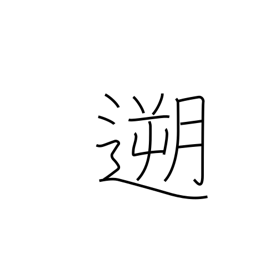
Meaning: go upstream